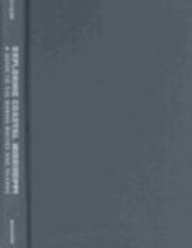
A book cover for Exploring Coastal Mississippi: A Guide to the Marine Waters and Islands; Scott B. Williams; Travel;